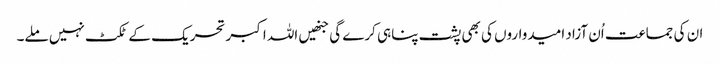
ان کی جماعت اُن آزاد امیدواروں کی بھی پشت پناہی کرے گی جنھیں اللہ اکبر تحریک کے ٹکٹ نہیں ملے۔